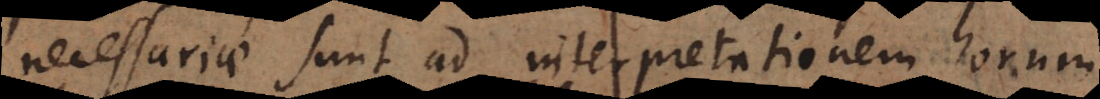
necessariae sunt ad interpretationem horum